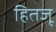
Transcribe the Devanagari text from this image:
हितजू